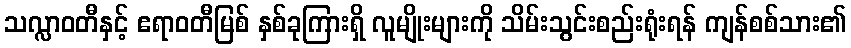
သလ္လာဝတီနှင့် ဧရာဝတီမြစ် နှစ်ခုကြားရှိ လူမျိုးများကို သိမ်းသွင်းစည်းရုံးရန် ကျန်စစ်သား၏